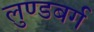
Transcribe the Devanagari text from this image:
लुण्डबर्ग